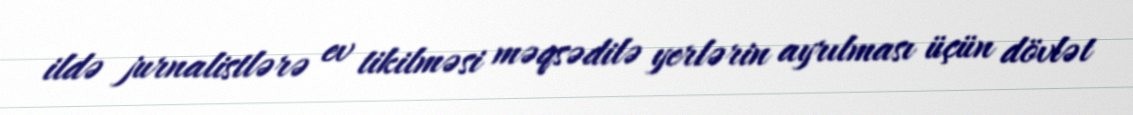
ildə jurnalistlərə ev tikilməsi məqsədilə yerlərin ayrılması üçün dövlət